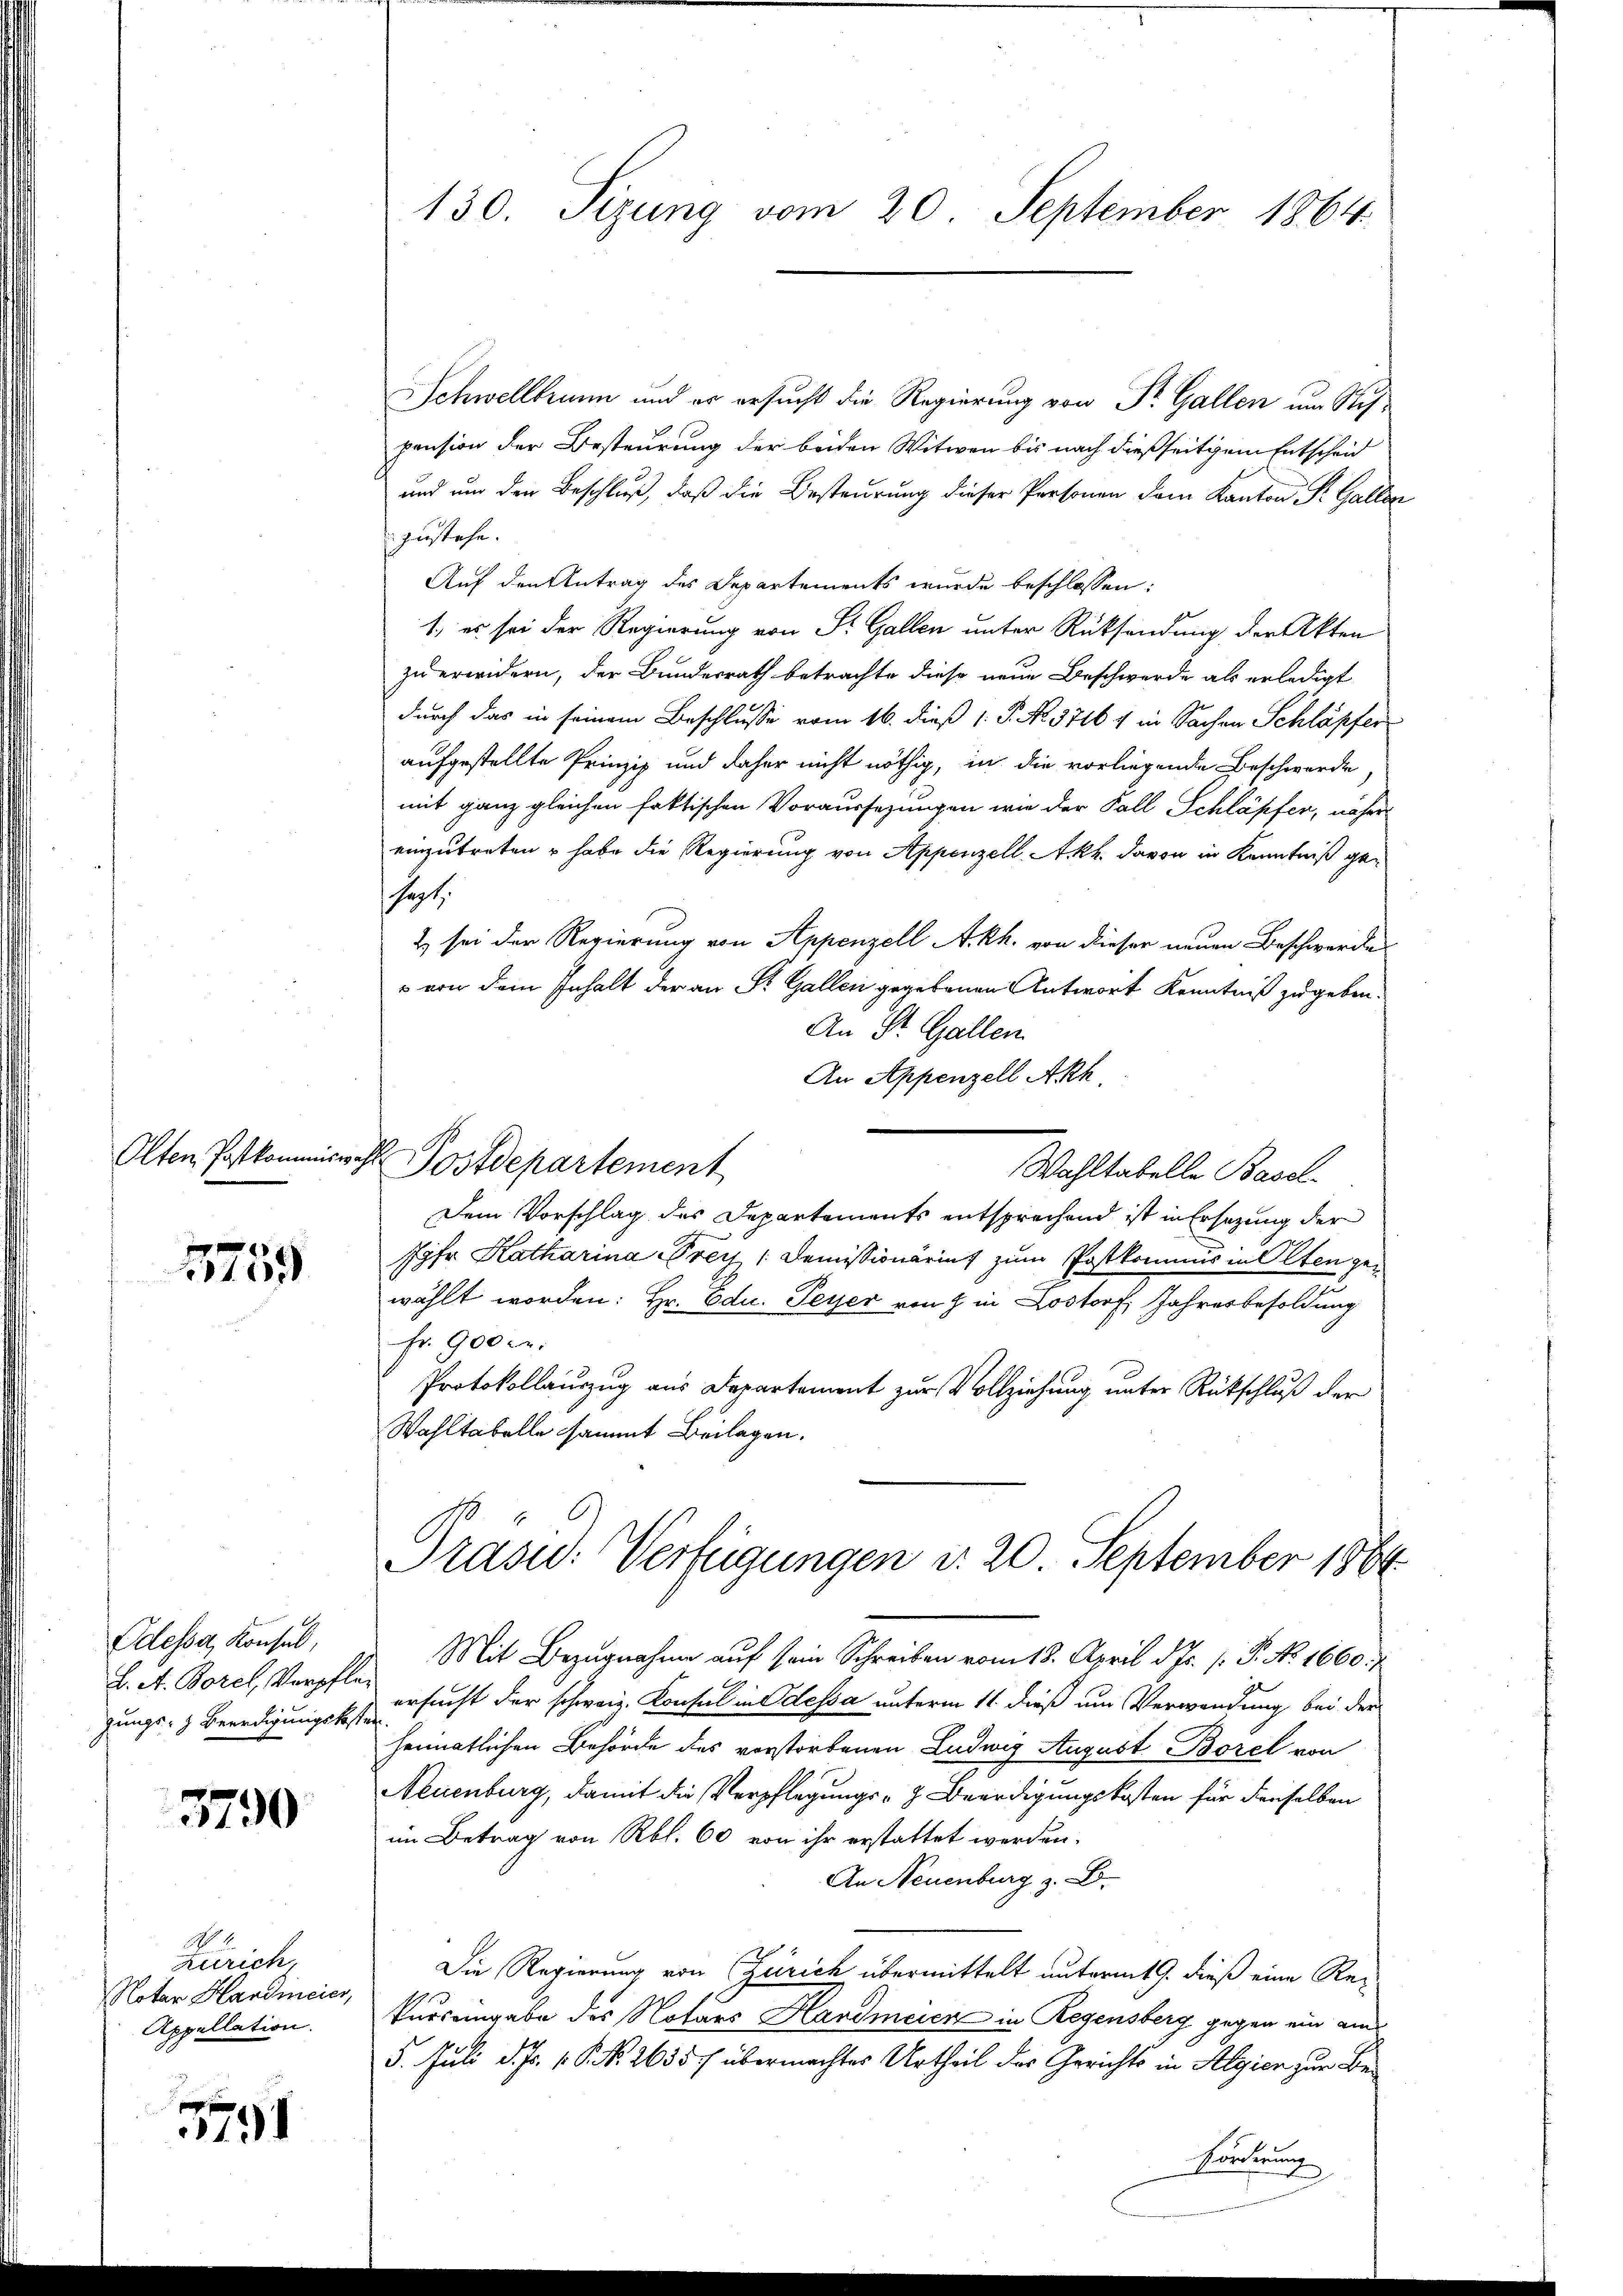
Olten Postkommiss.

1759

Odessa, Konsul,
L. A. Borel, Verpfle
gungs- & Beerdigungskoste

3790

Zürich,
Notar Handincier,
Appellation.

1791

130. Sizung vom 20. September 1864.

Schwellbrunn und er ersucht die Regierung von Dr. Gallen um Stifpension der Besteurung der beiden Witwen bis nach dießseitigem Entscheid
und um den Beschluß, daß die Besteurung dieser Personen dem Kanton P. Gallen
zustehe.
Auf den Antrag des Departements wurde beschlossen:
1, es sei der Regierung von St. Gallen unter Rücksendung der Akten
zu erwidern, der Bundesrath betrachte diese neue Beschwerde als erledigt
durch das in seinem Beschlusse vom 16. dieß 1. P. No. 37164 in Sachen Schläpfer
aufgestellte Prinzip und daher nicht nöthig, in die vorliegende Beschwerde
mit ganz gleichen faktischen Voraussezungen wie der Fall Schläpfer, näher
einzutreten u habe die Regierung von Appenzell Akh. davon in Kenntniß gehast.
2) sei der Regierung von Appenzell A.Rh. von dieser neuen Beschwerdes
s von dem Inhalt der an Sr. Gallen gegebenen Antwort Kenntniß zugeben.
An St. Gallen.
An Appenzell Akh.
 Postdepartement
Wahltabelle Basel
Dem Vorschlag des Departements entsprechend ist in Ersatzung der
Jgfr. Katharina Prey Demissionärins zum Postkommnus in Olten gewählt worden: Hr. Odu. Peyer von 7 in Lostorf, Jahresbesoldung
fr. 900 r.
Protokollauszug aus Departement zur Vollziehung unter Rückschluß der
Wahltabelle sammt Beilagen.
Präsid. Verfügungen d. 20 September 1864.
Mit Bezugnahme auf sein Schreiben vom 18. April d. Js. (T. No. 1660:
ersucht der schweiz. Konsul in Odessa unterm 11 dieß um Verwendung bei der
.
heimatlichen Behörde des vorstorbenen Ludwig August Borel von
Neuenburg, damit die Verpflegungs- & Beerdigungskosten für denselben
im Betrag von Rbl. 60 von ihr erstattet werden.
An Neuenburg z. B.
Die Regierung von Zürich übermittelt unterm 9. dieß eine Reikursengabe des Notars Handmeier in Regensberg gegen ein am
5. Juli d. Js. 1. P. Nr. 26357 übermachtes Urtheil des Gerichts in Algien zur Be¬